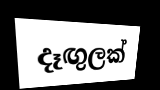
දෑඟුලක්